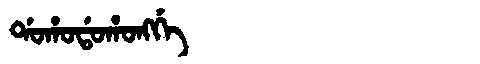
Manchu: ᡩᠣᡥᠣᡩᠣᡥᠣᠩᡤᡝ
Romanization: DOHODOHONGGE